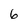
Character: 6